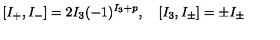
[ I _ { + } , I _ { - } ] = 2 I _ { 3 } ( - 1 ) ^ { I _ { 3 } + p } , \quad [ I _ { 3 } , I _ { \pm } ] = \pm I _ { \pm }